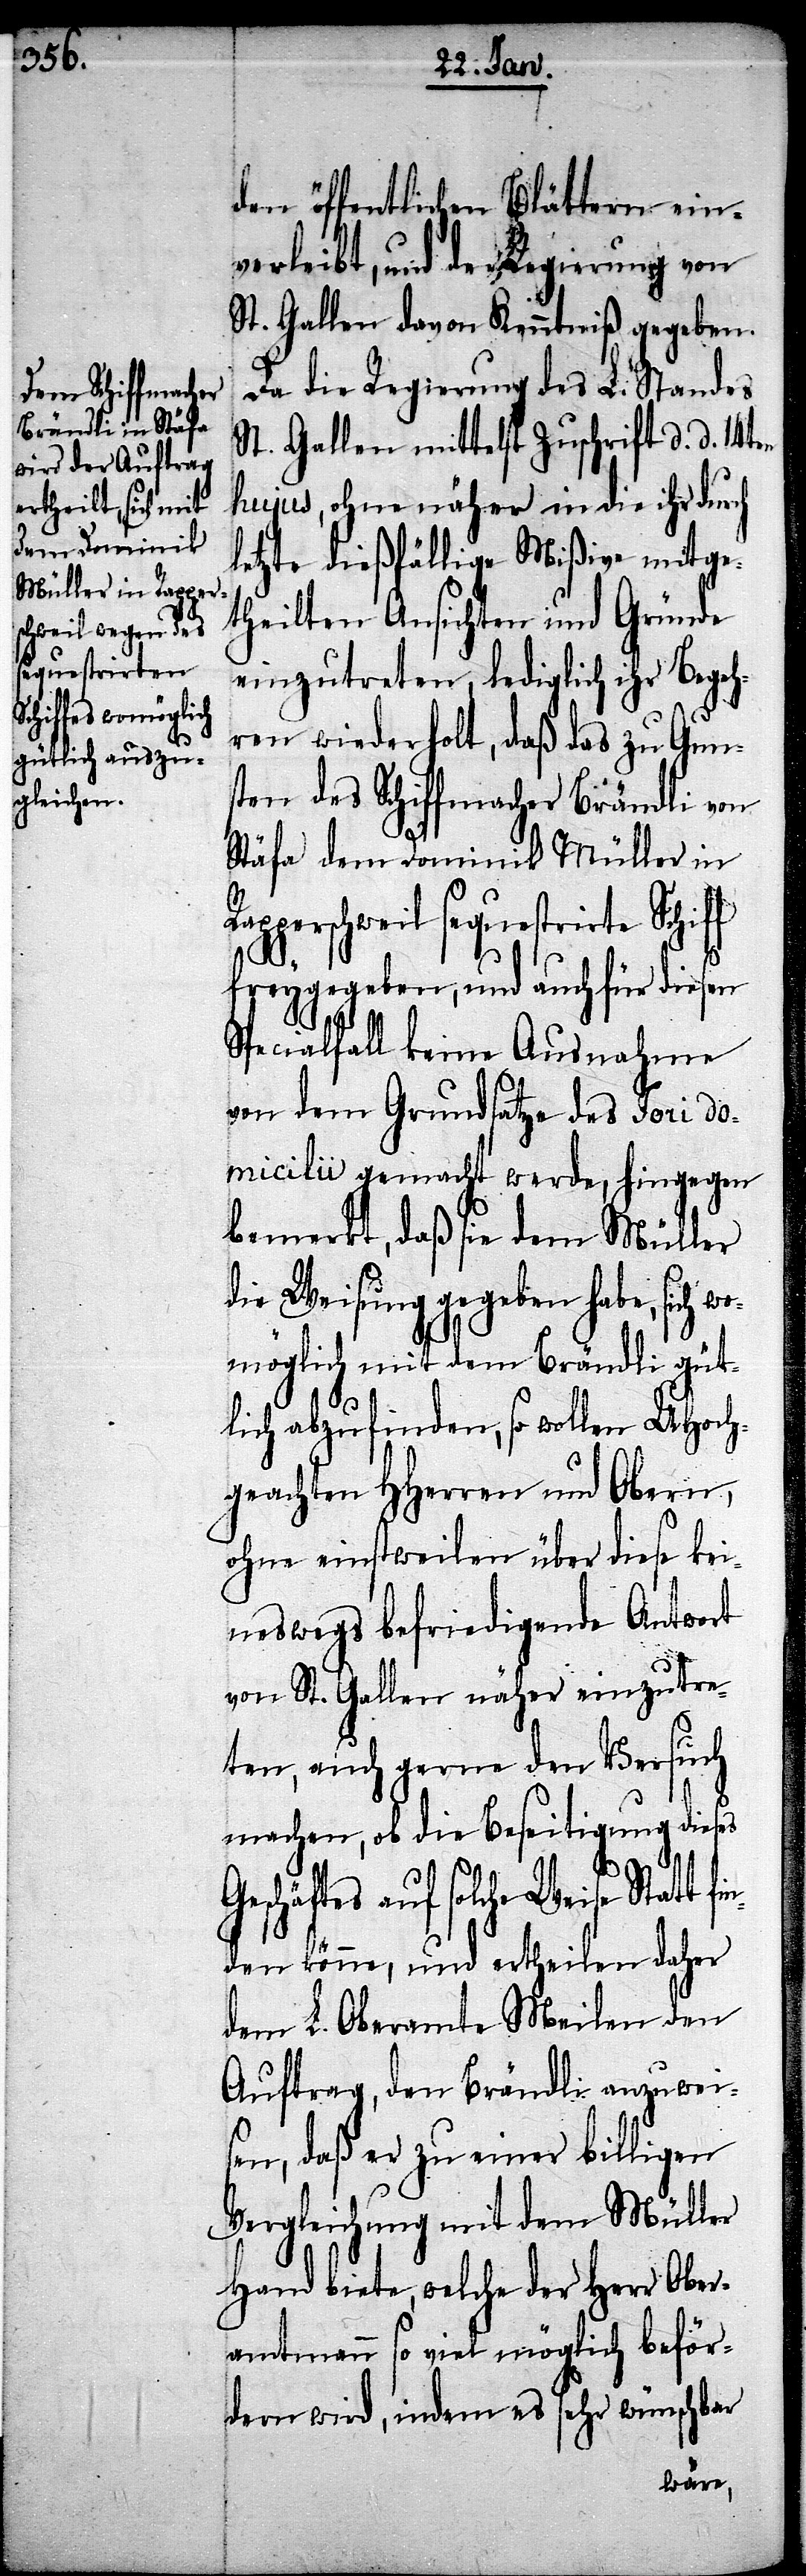
den öffentlichen Blättern ein¬
verleibt, und der Regierung von
St. Gallen davon Kenntniß gegeben.
Da die Regierung des L. Standes
St. Gallen mittelst Zuschrift d. d. 14ten
hujus, ohne näher in die ihr durch
letzte dießfällige Mißive mitge¬
theilten Ansichten und Gründe
einzutreten, lediglich ihr Begeh¬
ren wiederholt, daß das zu Guns¬
ten des Schiffmacher Brändli von
Stäfa dem Dominik Müller in
Weise Statt fin¬
freygegeben, und auch für diesen
Specialfall keine Ausnahme
von dem Grundsatze des Tori do¬
micilii gemacht werde, hingegen
bemerkt, daß sie dem Müller
die Weisung gegeben habe, sich
womöglich mit dem Brändli güt¬
lich abzufinden, so wollen UHoch¬
geachten HHerren und Obern,
ohne einstweilen über diese kei¬
newegs befriedigende Antowrt
f
von St. Gallen näher einzutre¬
ten, auch gerne den Versuch
machen, ob die Beseitigung dieses
Geschäftes auf solche
den könne, und ertheilen daher
dem L. Oberamte Meilen den
Auftrag, den Brändli anzuwei¬
sen, daß er zu einer billigen
Vergleichung mit dem Müller
Hand biete, welche der Herr Ober¬
amtmann so viel möglich beför¬
dern wird, indem es sehr wünschbar